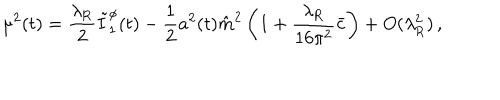
\mu ^ { 2 } ( t ) = \frac { \lambda _ { \mathrm { R } } } { 2 } \tilde { I } _ { 1 } ^ { \phi } ( t ) - \frac { 1 } { 2 } a ^ { 2 } ( t ) \hat { m } ^ { 2 } \left( 1 + \frac { \lambda _ { \mathrm { R } } } { 1 6 \pi ^ { 2 } } \bar { c } \right) + O ( \lambda _ { \mathrm { R } } ^ { 2 } ) \, ,